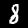
Label: 8